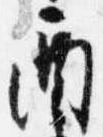
酉